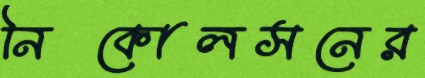
নিকোলসনের